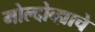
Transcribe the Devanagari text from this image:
मोल्दोव्ह्याचे